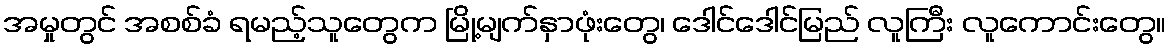
အမှုတွင် အစစ်ခံ ရမည့်သူတွေက မြို့မျက်နှာဖုံးတွေ၊ ဒေါင်ဒေါင်မြည် လူကြီး လူကောင်းတွေ။